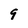
Character: 9